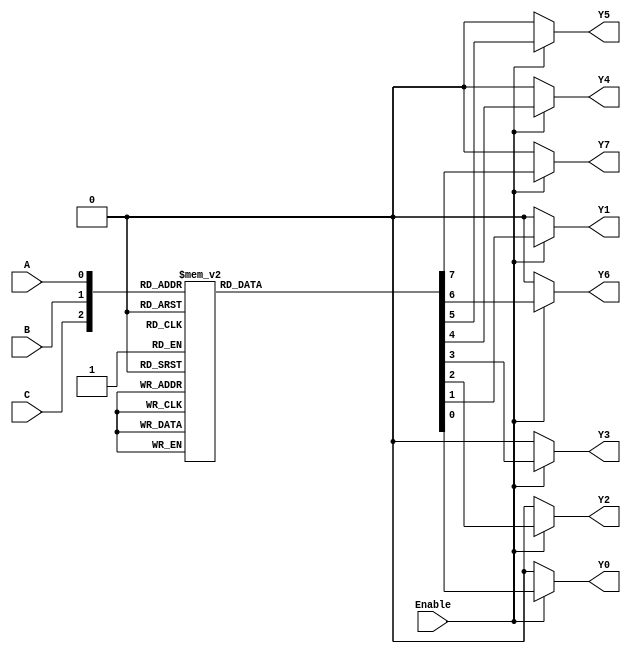
`timescale 1ns / 1ps
//////////////////////////////////////////////////////////////////////////////////
// Company: 
// Engineer: 
// 
// Design Name: 
// Module Name: decoder38
// Project Name: 
// Target Devices: 
// Tool Versions: 
// Description: 
// 
// Dependencies: 
// 
// Revision:
// Revision 0.01 - File Created
// Additional Comments:
// 
//////////////////////////////////////////////////////////////////////////////////


module decoder38(
input A,
 input B, 
input C, 
input Enable,
 output reg Y0, 
output reg Y1, 
output reg Y2, 
output reg Y3,
output reg Y4, 
output reg Y5,
output reg Y6,
 output reg Y7 
    );
    always@(A or B or C or Enable)begin
     if(!Enable)
     {Y7,Y6,Y5,Y4,Y3,Y2,Y1,Y0} = 8'b0000_0000;
      else begin
         case({C,B,A})
     3'b000:{Y7,Y6,Y5,Y4,Y3,Y2,Y1,Y0} = 8'b0000_0001;
     3'b001:{Y7,Y6,Y5,Y4,Y3,Y2,Y1,Y0} = 8'b0000_0010;
     3'b010:{Y7,Y6,Y5,Y4,Y3,Y2,Y1,Y0} = 8'b0000_0100;
     3'b011:{Y7,Y6,Y5,Y4,Y3,Y2,Y1,Y0} = 8'b0000_1000;
     3'b100:{Y7,Y6,Y5,Y4,Y3,Y2,Y1,Y0} = 8'b0001_0000;
     3'b101:{Y7,Y6,Y5,Y4,Y3,Y2,Y1,Y0} = 8'b0010_0000;
     3'b110:{Y7,Y6,Y5,Y4,Y3,Y2,Y1,Y0} = 8'b0100_0000;
     3'b111:{Y7,Y6,Y5,Y4,Y3,Y2,Y1,Y0} = 8'b1000_0000;
     default:{Y7,Y6,Y5,Y4,Y3,Y2,Y1,Y0} = 8'b0000_0000;
     endcase 
    end 
    end

endmodule